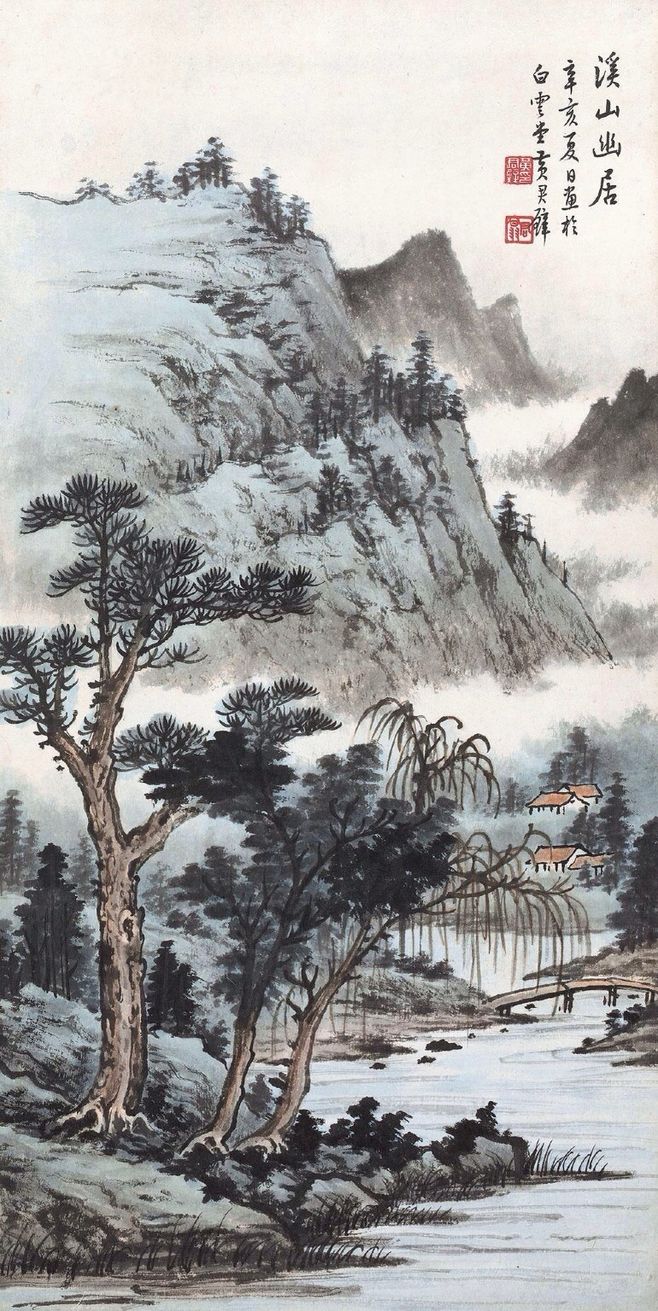
绿树阴浓夏日长，楼台倒影入池塘。